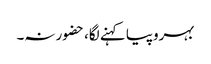
بہروپیا کہنے لگا، حضور نہ۔